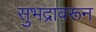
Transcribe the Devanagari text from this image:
सुभद्रावरून